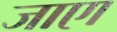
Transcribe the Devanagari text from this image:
जाएा